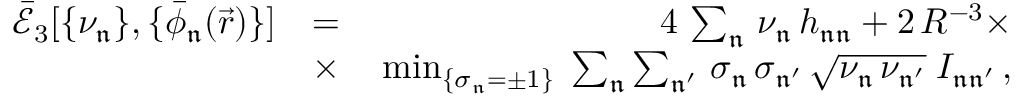
\begin{array} { r l r } { \mathcal { \bar { E } } _ { 3 } [ \{ \nu _ { \mathfrak { n } } \} , \{ \bar { \phi } _ { \mathfrak { n } } ( \vec { r } ) \} ] } & { = } & { 4 \, \sum _ { \mathfrak { n } } \, \nu _ { \mathfrak { n } } \, h _ { \mathfrak { n } \mathfrak { n } } + 2 \, R ^ { - 3 } \times } \\ & { \times } & { \, \operatorname* { m i n } _ { \{ \sigma _ { \mathfrak { n } } = \pm 1 \} } \; \sum _ { \mathfrak { n } } \sum _ { \mathfrak { n ^ { \prime } } } \, \sigma _ { \mathfrak { n } } \, \sigma _ { \mathfrak { n ^ { \prime } } } \, \sqrt { \nu _ { \mathfrak { n } } \, \nu _ { \mathfrak { n ^ { \prime } } } } \; I _ { \mathfrak { n } \mathfrak { n ^ { \prime } } } \, , } \end{array}